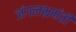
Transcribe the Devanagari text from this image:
जंगलभ्रमंती